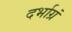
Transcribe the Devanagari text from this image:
दर्भाग्रं